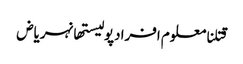
قتلنامعلوم افرادپولیستھانہریاض